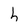
Character: h